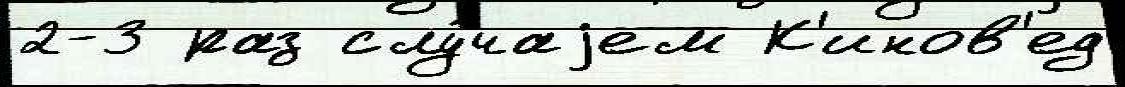
2-3 раз слу́чаjем К'инов'ед